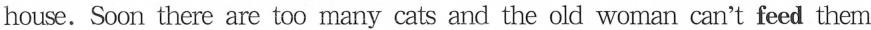
house. Soon there are too many cats and the old woman can't feed them